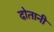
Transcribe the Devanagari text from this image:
दोतानी